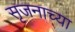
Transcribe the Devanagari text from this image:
सृजनाच्या